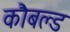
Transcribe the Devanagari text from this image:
कौबल्ड